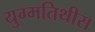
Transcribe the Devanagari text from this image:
युग्मतिथीस